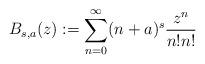
LaTeX: \begin{align*} B_{s,a}(z):=\sum_{n=0}^{\infty} (n+a)^s \frac{z^n}{n! n!}\end{align*}